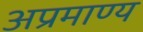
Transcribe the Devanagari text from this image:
अप्रमाण्‍य